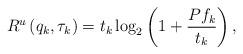
LaTeX: \begin{align*}R^{u}\left(q_k,\tau_k\right)=t_k\log_2\left(1+\frac{Pf_k}{t_k}\right),\end{align*}